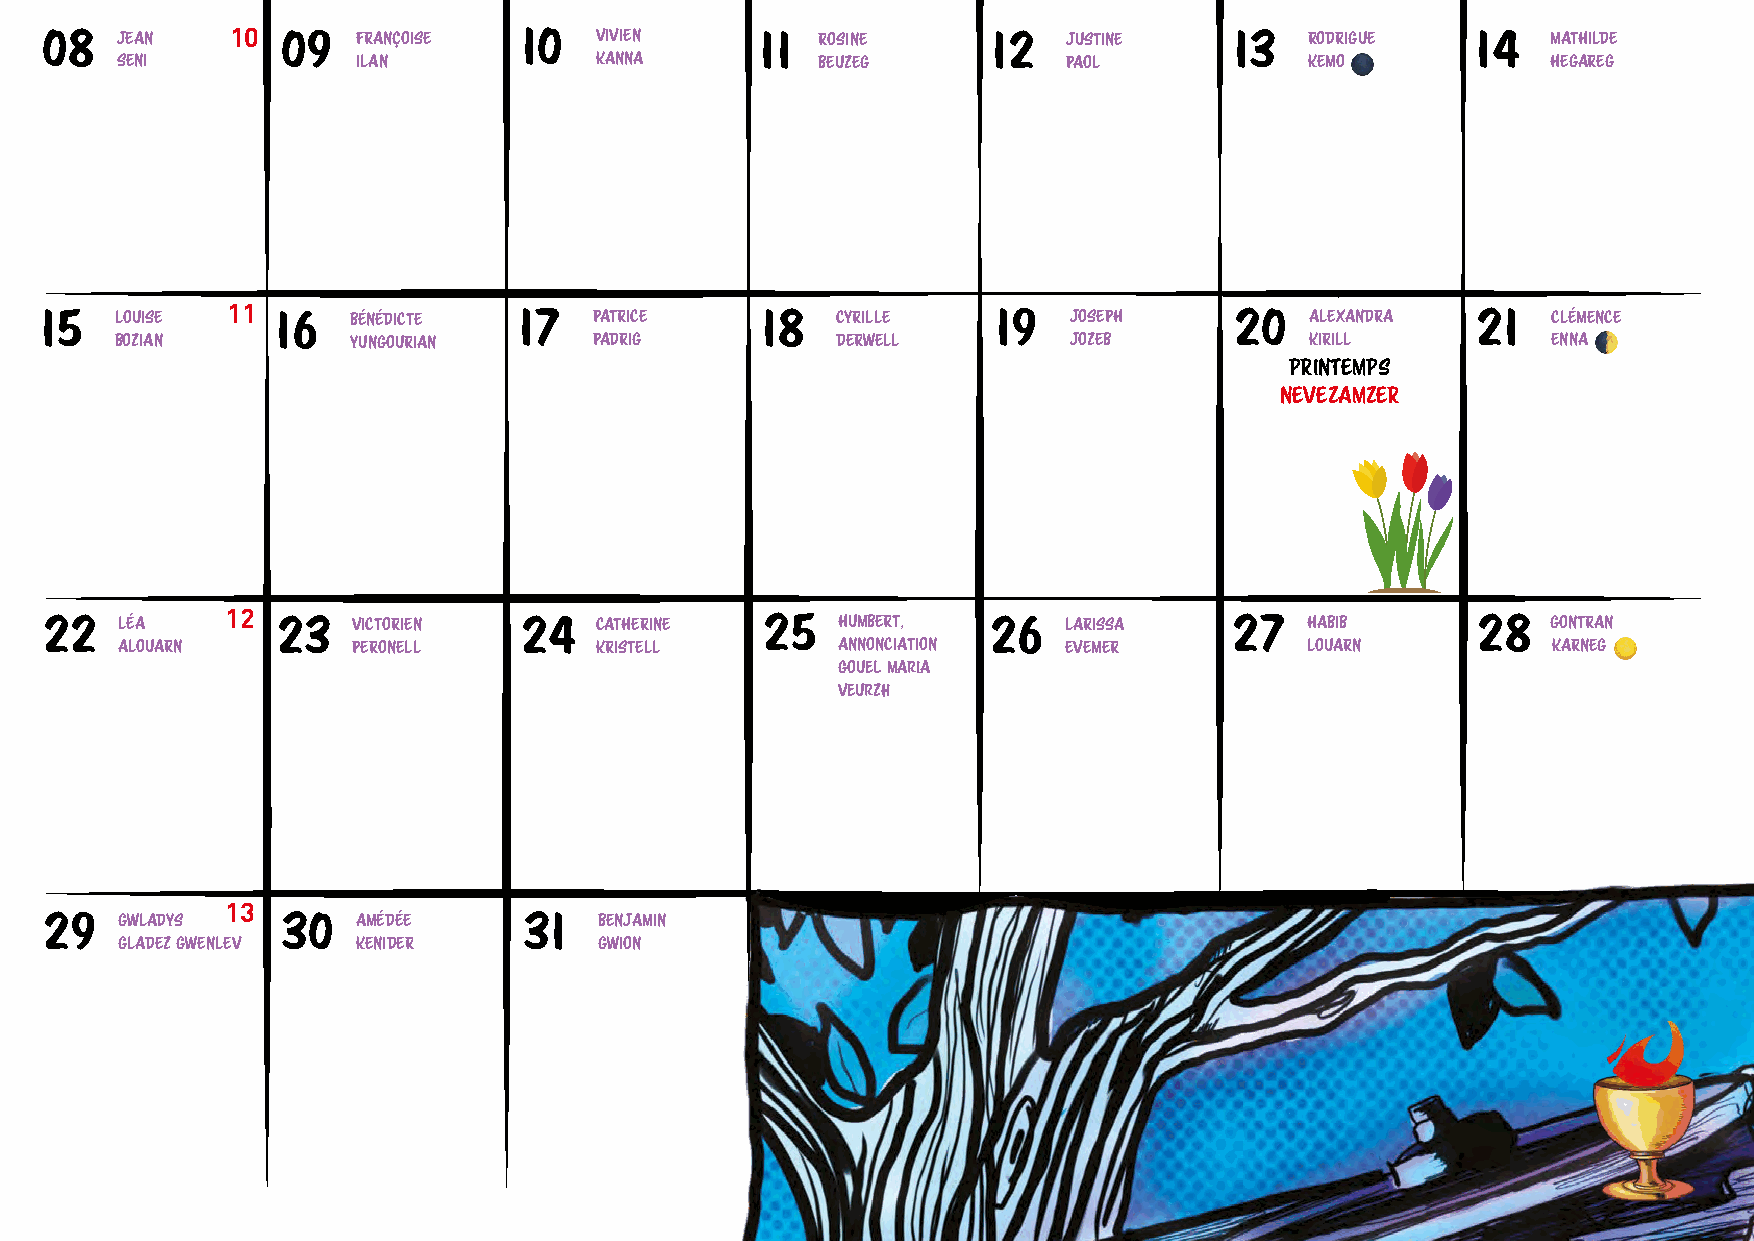
08   JEAN   10  09   FRANÇOISE 10   VIVIEN     11  ROSINE      12   JUSTINE    13   RODRIGUE   14   MATHILDE
 SENI            ILAN           KANNA          BEUZEG           PAOL            KEMO 🌑          HEGAREG
 11
 15   LOUISE    16   BÉNÉDICTE  17   PATRICE    18   CYRILLE    19   JOSEPH     20   ALEXANDRA  21   CLÉMENCE
 BOZIAN         YUNGOURIAN      PADRIG          DERWELL         JOZEB           KIRILL          ENNA 🌓
 PRINTEMPS
 NEVEZAMZER
 22   LÉA
 12
 23   VICTORIEN  24   CATHERINE   25  HUMBERT,   26   LARISSA    27   HABIB      28   GONTRAN
 ALOUARN        PERONELL        KRISTELL        ANNONCIATION    EVEMER          LOUARN          KARNEG 🌕
 gouel maria
 veurzh
 13
 29   GWLADYS    30   AMÉDÉE     31   BENJAMIN
 GLADEZ GWENLEV  KENIDER         GWION